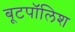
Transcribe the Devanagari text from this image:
बूटपॉलिश